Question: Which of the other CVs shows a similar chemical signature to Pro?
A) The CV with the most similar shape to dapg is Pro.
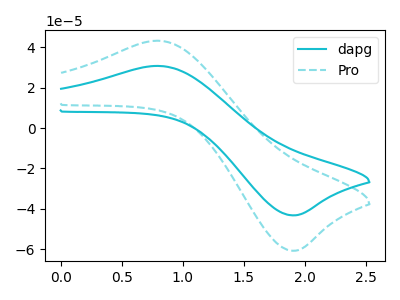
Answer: <think>The cyan curve "dapg" has an anodic peak at (0.80V, 30.80uA) and a cathodic peak at (1.90V, -43.25uA). The cyan dashed curve "Pro" has an anodic peak at (0.80V, 43.30uA) and a cathodic peak at (1.90V, -60.75uA).
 All the peaks in "dapg" have a peak in "Pro" at the same potential. Every peak in "dapg" is lower than every peak in "Pro".</think>
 <answer>A) The CV with the most similar shape to "dapg" is "Pro".</answer>
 <eval>A</eval>